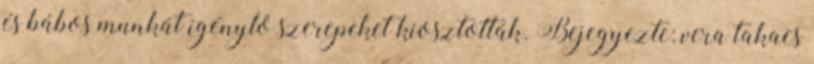
és bábos munkát igénylő szerepeket kiosztották. Bejegyezte: vera takacs